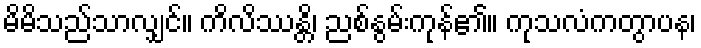
မိမိသည်သာလျှင်။ ကိလိဿန္တိ၊ ညစ်နွမ်းကုန်၏။ ကုသလံကတွာပန၊